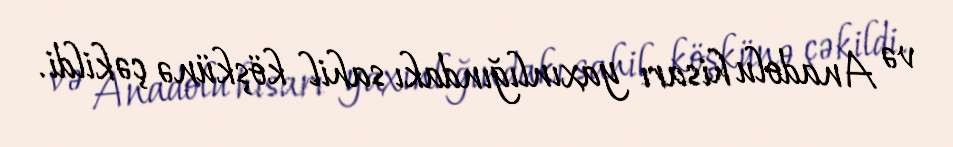
və Anadolu hisarı yaxınlığındakı sahil köşkünə çəkildi.